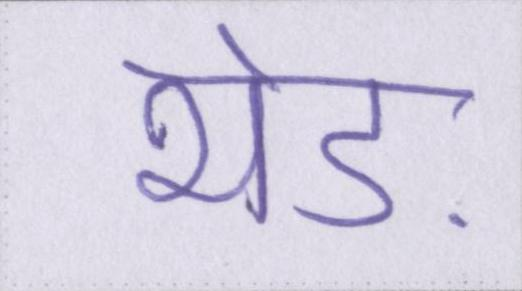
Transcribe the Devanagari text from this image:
भेड़